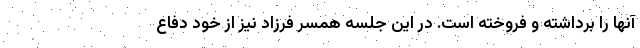
آنها را برداشته و فروخته است. در این جلسه همسر فرزاد نیز از خود دفاع